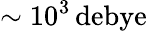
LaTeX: \sim 10^{3}\, \mathrm{debye}